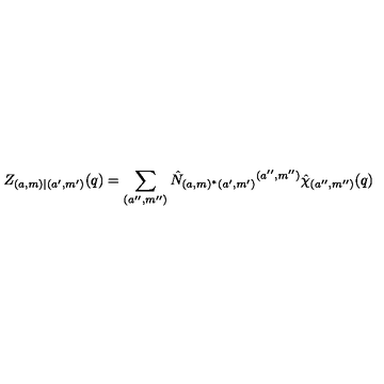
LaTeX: Z _ { ( a , m ) | ( a ^ { \prime } , m ^ { \prime } ) } ( q ) = \sum _ { ( a ^ { \prime \prime } , m ^ { \prime \prime } ) } \hat { N } _ { ( a , m ) ^ { * } ( a ^ { \prime } , m ^ { \prime } ) } { } ^ { ( a ^ { \prime \prime } , m ^ { \prime \prime } ) } \hat { \chi } _ { ( a ^ { \prime \prime } , m ^ { \prime \prime } ) } ( q )